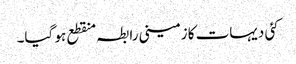
کئی دیہات کا زمینی رابطہ منقطع ہو گیا۔